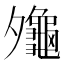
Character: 𪚪